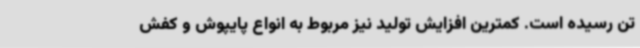
تن رسیده است. کمترین افزایش تولید نیز مربوط به انواع پایپوش و کفش